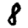
Digit: 8